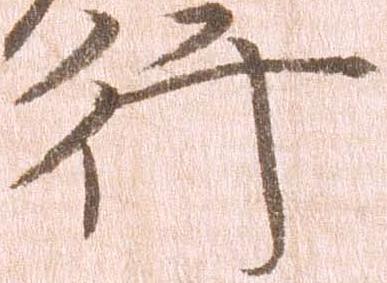
行